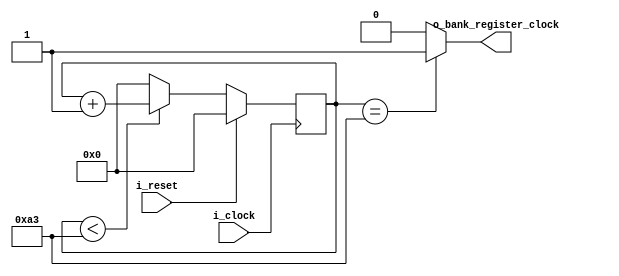
`timescale 1ns / 1ps

`define N_TICKS 16

module baudrate_gen 
    #(parameter CLK      = 50E6,
      parameter BAUDRATE = 19200
    )
    (input      i_clock,
     input      i_reset,
     output     o_bank_register_clock);

localparam integer N_CONT = CLK/(BAUDRATE*`N_TICKS);
localparam integer N_BITS = $clog2(N_CONT);

reg [N_BITS - 1:0] counter;

always @(posedge i_clock) begin
    if(i_reset)begin
        counter <= {N_BITS{1'b0}};
    end
    else begin
        if(counter < N_CONT)
            counter <= counter + 1;
        else
            counter <= {N_BITS{1'b0}};
    end    
end

assign o_bank_register_clock = (counter==N_CONT)? 1'b1 : 1'b0;
    
endmodule

// 19200 baudrate
// 16 ticks
// clock -> 50 MHz
// s_tick cada 19200*16 = 307200 ticks por segundo